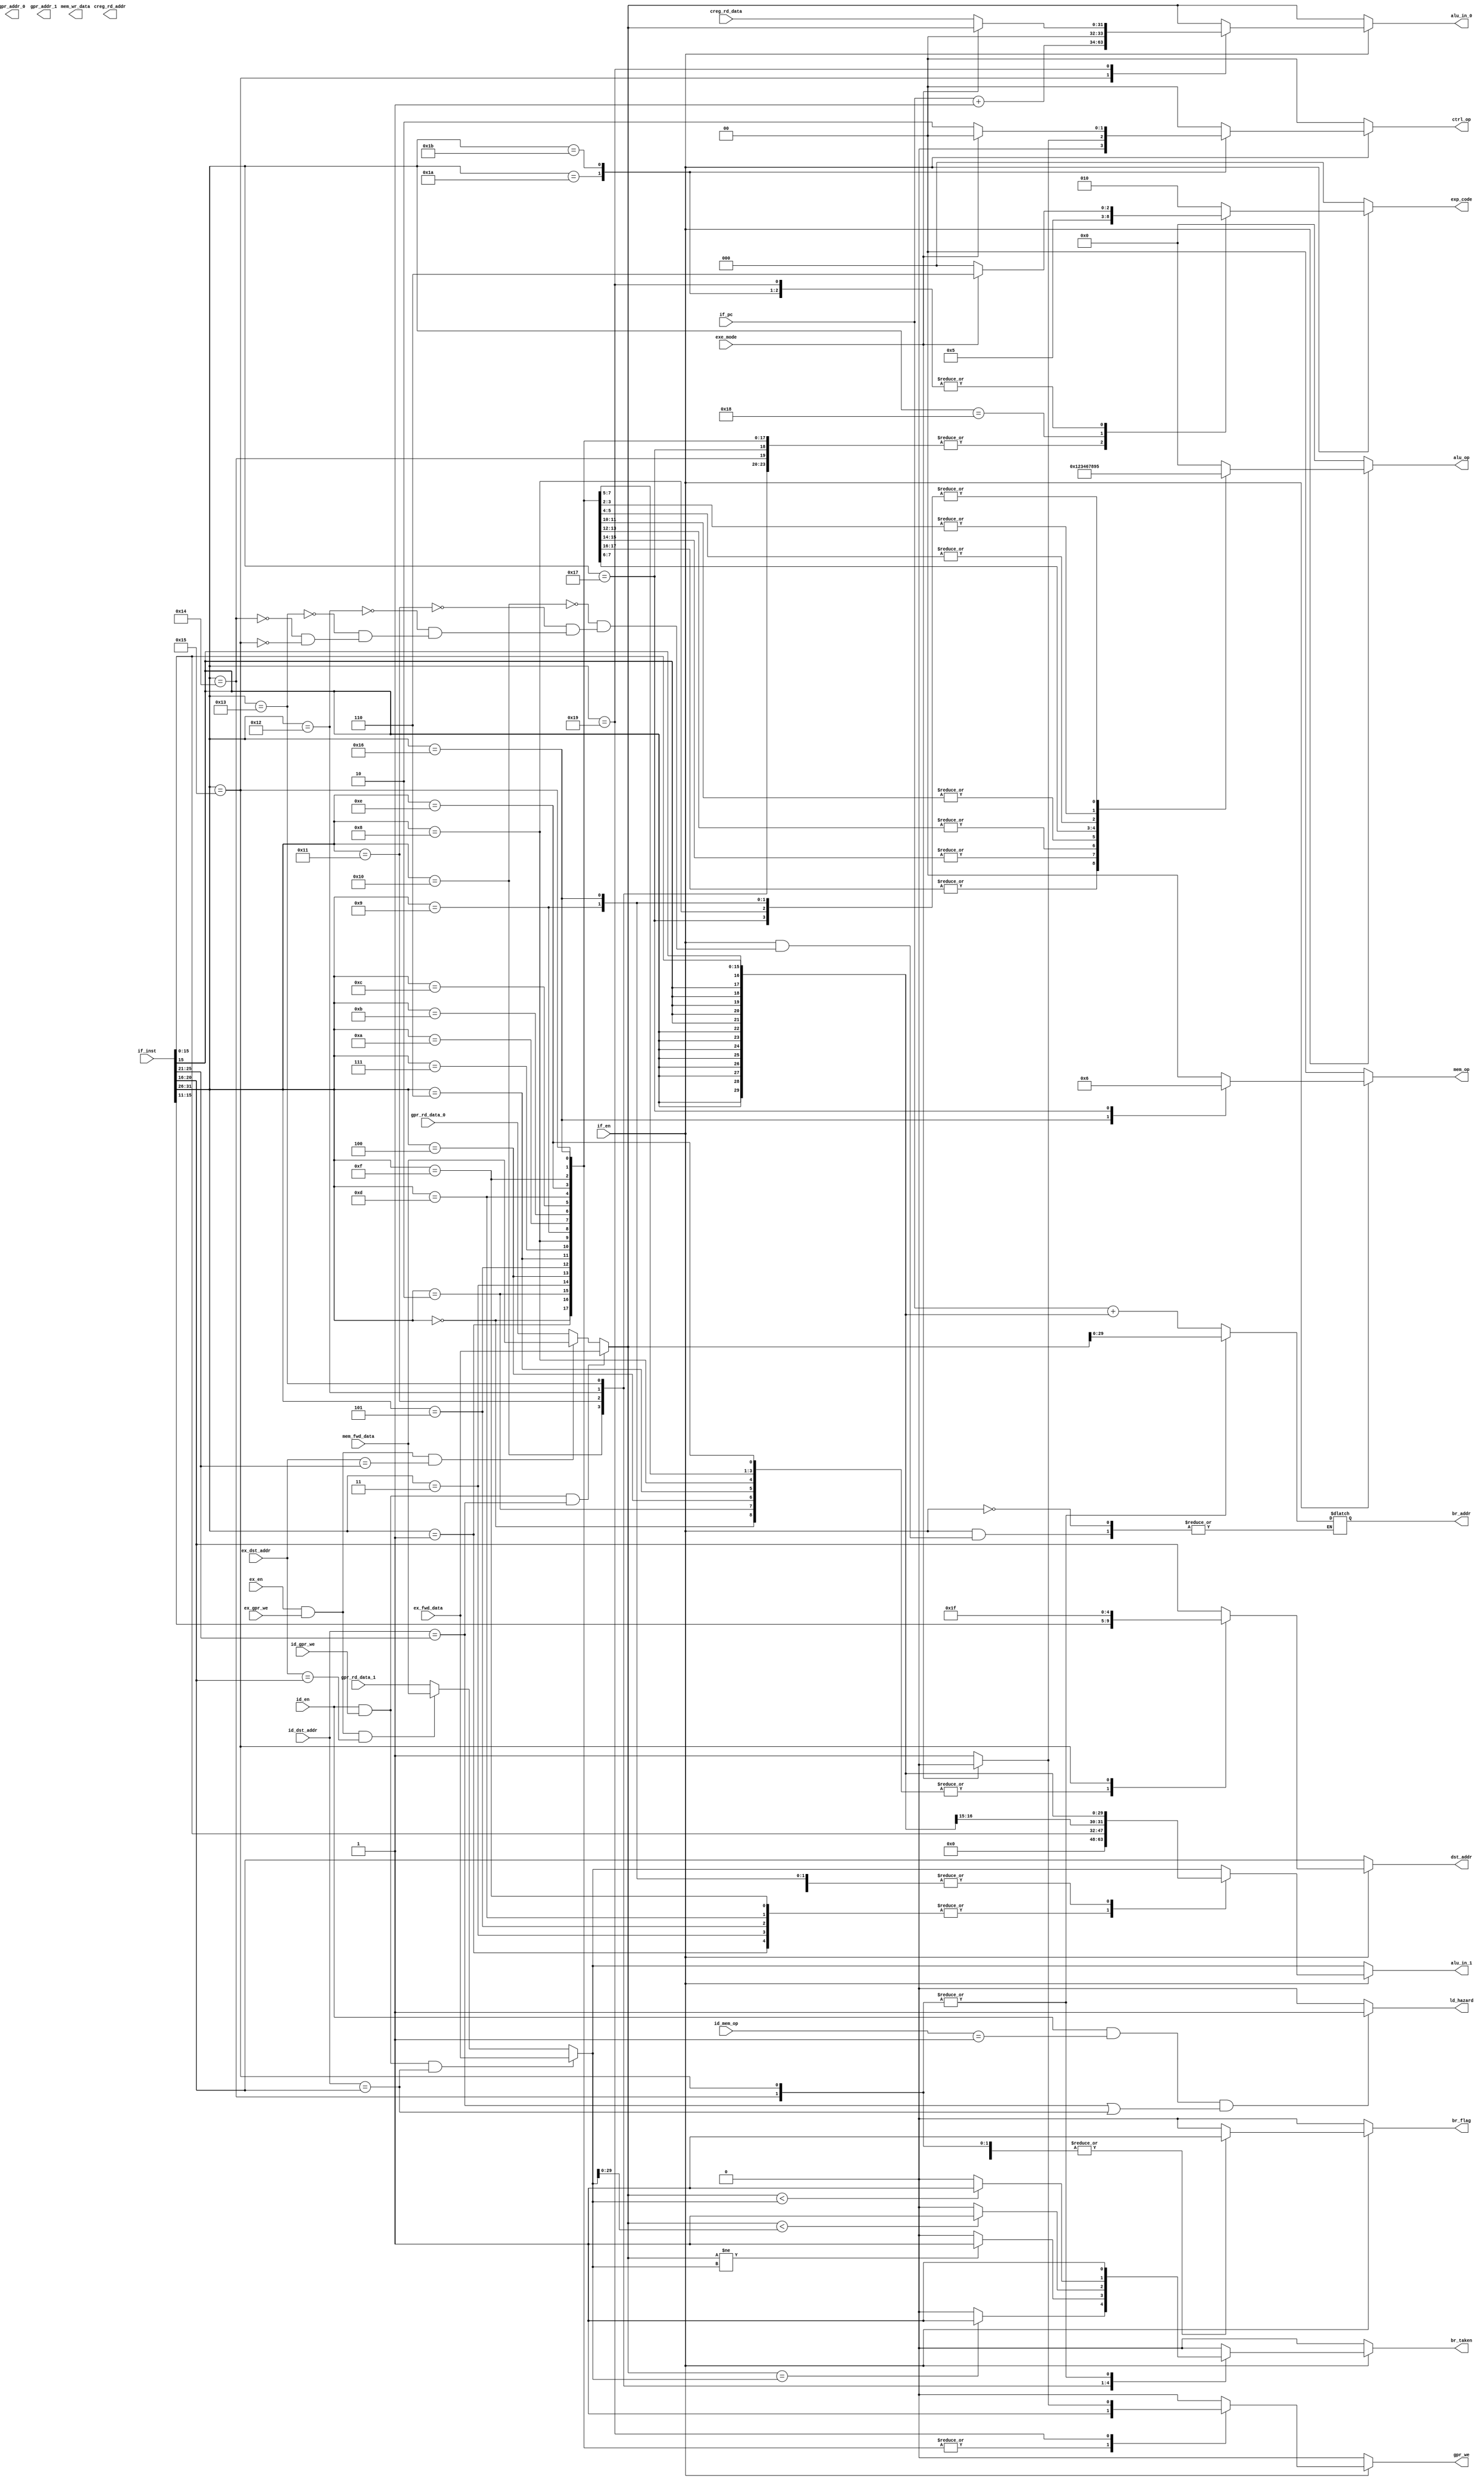
`timescale 1ns / 1ps
//////////////////////////////////////////////////////////////////////////////////
// Company:
// Engineer:
//
// Design Name:
// Module Name: stage_ID
// Project Name:
// Target Devices:
// Tool Versions:
// Description:
//
// Dependencies:
//
// Revision:
// Revision 0.01 - File Created
// Additional Comments:
//
//////////////////////////////////////////////////////////////////////////////////


//inst_op
`define OP_ANDR		   6'h00 // ?????
`define OP_ANDI		   6'h01 // ?????
`define OP_ORR		   6'h02 // ?????
`define OP_ORI		   6'h03 // ?????
`define OP_XORR		   6'h04 // ?????
`define OP_XORI		   6'h05 // ?????
`define OP_ADDSR	   6'h06 // ????????
`define OP_ADDSI	   6'h07 // ????????
`define OP_ADDUR	   6'h08 // ?????
`define OP_ADDUI	   6'h09 // ?????
`define OP_SUBSR	   6'h0a // ???
`define OP_SUBUR	   6'h0b // ???
`define OP_SHRLR	   6'h0c // 
`define OP_SHRLI	   6'h0d // 
`define OP_SHLLR	   6'h0e // 
`define OP_SHLLI	   6'h0f // 
`define OP_BE		     6'h10 // ???==)
`define OP_BNE		   6'h11 // ???!=)
`define OP_BSGT		   6'h12 // ???<)
`define OP_BUGT		   6'h13 // ???<)
`define OP_JMP		   6'h14 // ????????????????????
`define OP_CALL		   6'h15 // ????????????
`define OP_LDW		   6'h16 // ?????
`define OP_STW		   6'h17 // 
`define OP_TRAP		   6'h18 // ??????
`define OP_RDCR		   6'h19 // ?????
`define OP_WRCR		   6'h1a // 
`define OP_EXRT		   6'h1b // ?


//ALU Operation
`define ALU_OP_NOP			 4'h0 // No Operation
`define ALU_OP_AND			 4'h1 // AND
`define ALU_OP_OR			 4'h2 // OR
`define ALU_OP_XOR			 4'h3 // XOR
`define ALU_OP_ADDS			 4'h4 // ????????
`define ALU_OP_ADDU			 4'h5 // ?????
`define ALU_OP_SUBS			 4'h6 // ???
`define ALU_OP_SUBU			 4'h7 // ???
`define ALU_OP_SHRL			 4'h8 // 
`define ALU_OP_SHLL			 4'h9 // 

//exec mode
`define CPU_KERNEL_MODE 0

`define EXP_NO_EXP	   3'h0	 // ?????
`define EXP_EXT_INT	   3'h1	 // 
`define EXP_UNDEF_INSN 3'h2	 // 
`define EXP_OVERFLOW   3'h3	 // 
`define EXP_MISS_ALIGN 3'h4	 // 
`define EXP_TRAP	   3'h5	 // ??????
`define EXP_PRV_VIO	   3'h6	 // 

/*
mem_op
0:NOP
1:LDW
2:STW
*/

`define WORD 32  // 1word
`define WORD_ADDR_W 30  // address width 1word

`define GPR_ADDR_MSB 5-1

`define WORD_MSB `WORD-1
`define WORD_ADDR_MSB `WORD_ADDR_W-1
`define RegAddrBus `GPR_ADDR_MSB:0

module decoder_ID (
	input [`WORD_ADDR_MSB:0]if_pc,
	input [`WORD_MSB:0]if_inst,
	input if_en,

	input[`WORD_MSB:0] gpr_rd_data_0,
	input[`WORD_MSB:0] gpr_rd_data_1,
	output [`GPR_ADDR_MSB:0] gpr_addr_0,
	output [`GPR_ADDR_MSB:0] gpr_addr_1,

	input id_en,
	input [`GPR_ADDR_MSB:0]id_dst_addr,
	input id_gpr_we,
	input [1:0]id_mem_op,

    input ex_en,
    input [`GPR_ADDR_MSB:0]ex_dst_addr,
    input ex_gpr_we,
    input [`WORD_MSB:0]ex_fwd_data,

    input [`WORD_MSB:0]mem_fwd_data,

    input exe_mode,
	input [`WORD_MSB:0]creg_rd_data,
	output reg[`GPR_ADDR_MSB:0] creg_rd_addr,

	output reg[3:0] alu_op,
	output reg[`WORD_MSB:0] alu_in_0,
	output reg[`WORD_MSB:0] alu_in_1,
	output reg[`WORD_ADDR_MSB:0] br_addr,
	output reg br_taken,
	output reg br_flag,
	output reg[1:0] mem_op,
	output reg[`WORD_MSB:0] mem_wr_data,
	output reg [1:0]ctrl_op,
	output reg [`GPR_ADDR_MSB:0]dst_addr,
	output reg gpr_we,
  output reg[2:0] exp_code,
  output reg ld_hazard
    );

    wire[5:0] op=if_inst[31:26];
    wire[4:0] ra_addr=if_inst[25:21],rb_addr=if_inst[20:16],rc_addr=if_inst[15:11];
    wire[15:0]imm=if_inst[15:0];

    wire[`WORD_MSB:0]imm_s={{16{imm[15]}},imm};//signed
    wire[`WORD_MSB:0]imm_u={16'b0,imm};//unsigned

     reg[`WORD_MSB:0]ra;
     wire signed[`WORD_MSB:0]s_ra=$signed(ra);
     reg[`WORD_MSB:0]rb;
     wire signed[`WORD_ADDR_MSB:0]s_rb=$signed(rb);//signed

     wire[`WORD_ADDR_MSB:0]ret_addr=if_pc+1;
     wire[`WORD_ADDR_MSB:0]br_target=if_pc+imm_s[`WORD_ADDR_MSB:0];
     wire[`WORD_ADDR_MSB:0]jmp_target=ra[`WORD_ADDR_MSB:0];

		 //fowording
		 always @ ( * ) begin
		 //ra regster
		 	if(id_en &&id_gpr_we && id_dst_addr==ra_addr) ra=ex_fwd_data;
			else if(ex_en &&ex_gpr_we && ex_dst_addr==ra_addr) ra=mem_fwd_data;
			else ra=gpr_rd_data_0;

			//rb regster
 		 	if(id_en &&id_gpr_we && id_dst_addr==rb_addr) rb=ex_fwd_data;
 			else if(ex_en &&ex_gpr_we && ex_dst_addr==rb_addr) rb=mem_fwd_data;
 			else rb=gpr_rd_data_1;
		 end

		 //detect load ld_hazard
		 always @ ( * ) begin
		 	if(id_en && id_mem_op ==1&& (id_dst_addr==ra_addr||id_dst_addr==rb_addr))ld_hazard=1;
			else ld_hazard=0;
		 end

		 //instraction decoder
		 always @ ( * ) begin
		 	alu_op=0;
			alu_in_0=ra;
			alu_in_1=rb;
			br_taken=0;
			br_flag=0;
			mem_op=0;
			ctrl_op=0;
			dst_addr=rb_addr;//R2
			gpr_we=0;
			exp_code=0;

			if (if_en == 1) begin
				case (op)
					/* ???_???????????????Z???????????? */
					`OP_ANDR  : begin // ?????????W???X???^?????????m???_????????????
						alu_op	 = `ALU_OP_AND;
						dst_addr = rc_addr;
						gpr_we	 = 1;
					end
					`OP_ANDI  : begin // ?????????W???X???^??????l???_????????????
						alu_op	 = `ALU_OP_AND;
						alu_in_1 = imm_u;
						gpr_we	 = 1;
					end
					`OP_ORR	  : begin // ?????????W???X???^?????????m???_?????????a
						alu_op	 = `ALU_OP_OR;
						dst_addr = rc_addr;
						gpr_we	 = 1;
					end
					`OP_ORI	  : begin // ?????????W???X???^??????l???_?????????a
						alu_op	 = `ALU_OP_OR;
						alu_in_1 = imm_u;
						gpr_we	 = 1;
					end
					`OP_XORR  : begin // ?????????W???X???^?????????m???r?????????I???_?????????a
						alu_op	 = `ALU_OP_XOR;
						dst_addr = rc_addr;
						gpr_we	 = 1;
					end
					`OP_XORI  : begin // ?????????W???X???^??????l???r?????????I???_?????????a
						alu_op	 = `ALU_OP_XOR;
						alu_in_1 = imm_u;
						gpr_we	 = 1;
					end
					/* ???Z???p?????????Z???????????? */
					`OP_ADDSR : begin // ?????????W???X???^?????????m????????????t???????????????Z
						alu_op	 = `ALU_OP_ADDS;
						dst_addr = rc_addr;
						gpr_we	 = 1;
					end
					`OP_ADDSI : begin // ?????????W???X???^??????l????????????t???????????????Z
						alu_op	 = `ALU_OP_ADDS;
						alu_in_1 = imm_s;
						gpr_we	 = 1;
					end
					`OP_ADDUR : begin // ?????????W???X???^?????????m?????????????????????Z
						alu_op	 = `ALU_OP_ADDU;
						dst_addr = rc_addr;
						gpr_we	 = 1;
					end
					`OP_ADDUI : begin // ?????????W???X???^??????l?????????????????????Z
						alu_op	 = `ALU_OP_ADDU;
						alu_in_1 = imm_s;
						gpr_we	 = 1;
					end
					`OP_SUBSR : begin // ?????????W???X???^?????????m????????????t???????????????Z
						alu_op	 = `ALU_OP_SUBS;
						dst_addr = rc_addr;
						gpr_we	 = 1;
					end
					`OP_SUBUR : begin // ?????????W???X???^?????????m?????????????????????Z
						alu_op	 = `ALU_OP_SUBU;
						dst_addr = rc_addr;
						gpr_we	 = 1;
					end
					/* ???V???t???g???????????? */
					`OP_SHRLR : begin // ?????????W???X???^?????????m???_?????????E???V???t???g
						alu_op	 = `ALU_OP_SHRL;
						dst_addr = rc_addr;
						gpr_we	 = 1;
					end
					`OP_SHRLI : begin // ?????????W???X???^??????l???_?????????E???V???t???g
						alu_op	 = `ALU_OP_SHRL;
						alu_in_1 = imm_u;
						gpr_we	 = 1;
					end
					`OP_SHLLR : begin // ?????????W???X???^?????????m???_???????????????V???t???g
						alu_op	 = `ALU_OP_SHLL;
						dst_addr = rc_addr;
						gpr_we	 = 1;
					end
					`OP_SHLLI : begin // ?????????W???X???^??????l???_???????????????V???t???g
						alu_op	 = `ALU_OP_SHLL;
						alu_in_1 = imm_u;
						gpr_we	 = 1;
					end
					/* ????????? */
					`OP_BE	  : begin // ?????????W???X???^?????????m????????????t???????????????r???iRa == Rb???j
						br_addr	 = br_target;
						br_taken = (ra == rb) ? 1 : 0;
						br_flag	 = 1;
					end
					`OP_BNE	  : begin // ?????????W???X???^?????????m????????????t???????????????r???iRa != Rb???j
						br_addr	 = br_target;
						br_taken = (ra != rb) ? 1 : 0;
						br_flag	 = 1;
					end
					`OP_BSGT  : begin // ?????????W???X???^?????????m????????????t???????????????r???iRa < Rb???j
						br_addr	 = br_target;
						br_taken = (s_ra < s_rb) ? 1 : 0;
						br_flag	 = 1;
					end
					`OP_BUGT  : begin // ?????????W???X???^?????????m?????????????????????r???iRa < Rb???j
						br_addr	 = br_target;
						br_taken = (ra < rb) ? 1 : 0;
						br_flag	 = 1;
					end
					`OP_JMP	  : begin // ??????????????????????????????
						br_addr	 = jmp_target;
						br_taken = 1;
						br_flag	 = 1;
					end
					`OP_CALL  : begin // ???R???[??????
						alu_in_0 = {ret_addr, {2{1'b0}}};
						br_addr	 = jmp_target;
						br_taken = 1;
						br_flag	 = 1;
						dst_addr = 5'd31;
						gpr_we	 = 1;
					end
					/* ?????????????????????A???N???Z???X???????????? */
					`OP_LDW	  : begin // ?????????[???h???o??????
						alu_op	 = `ALU_OP_ADDU;
						alu_in_1 = imm_s;
						mem_op	 = 1;
						gpr_we	 = 1;
					end
					`OP_STW	  : begin // ?????????[???h????????????????????????
						alu_op	 = `ALU_OP_ADDU;
						alu_in_1 = imm_s;
						mem_op	 = 2;
					end
					/* ???V???X???e?????????R???[?????????????????? */
					`OP_TRAP  : begin // ???g?????????b???v
						exp_code = `EXP_TRAP;
					end
					/* ???????????????????????? */
					`OP_RDCR  : begin // ?????????W???X???^???o??????
						if (exe_mode == `CPU_KERNEL_MODE) begin
							alu_in_0 = creg_rd_data;
							gpr_we	 = 1;
						end else begin
							exp_code = `EXP_PRV_VIO;
						end
					end
					`OP_WRCR  : begin // ?????????W???X???^?????????????????????
						if (exe_mode == `CPU_KERNEL_MODE) begin
							ctrl_op	 = 1; //write ctrl reg
						end else begin
							exp_code = `EXP_PRV_VIO;
						end
					end
					`OP_EXRT  : begin // ?????????O??????????????????A
						if (exe_mode == `CPU_KERNEL_MODE) begin
							ctrl_op	 = 2;//return from exception
						end else begin
							exp_code = `EXP_PRV_VIO;
						end
					end
					/* ?????????????????? */
					default		  : begin // ???????????????`????????????
						exp_code = `EXP_UNDEF_INSN;
					end
				endcase
			end
		 end

endmodule //decoder_ID


module reg_ID (
	input clk,
	input rst,

	output reg[3:0] alu_op,
	output reg[`WORD_MSB:0] alu_in_0,
	output reg[`WORD_MSB:0] alu_in_1,
	//output reg[`WORD_ADDR_MSB:0] br_addr,
	output reg br_flag,
	output reg[1:0] mem_op,
	output reg[`WORD_MSB:0] mem_wr_data,
	output reg [1:0]ctrl_op,
	output reg [`GPR_ADDR_MSB:0]dst_addr,
	output reg gpr_we,
	input[2:0] exp_code,

    input stall,
    input flush,

	input [`WORD_ADDR_MSB:0]if_pc,
	input if_en,

	output reg [`WORD_ADDR_MSB:0]id_pc,
	output reg id_en,

	output reg[3:0] id_alu_op,
	output reg[`WORD_MSB:0] id_alu_in_0,
	output reg[`WORD_MSB:0] id_alu_in_1,
	output reg id_br_flag,

	output reg [1:0]id_mem_op,
	output reg [`WORD_MSB:0]id_mem_wr_data,

	output reg [1:0] id_ctrl_op,
	output reg [`GPR_ADDR_MSB:0]id_dst_addr,

	output reg id_gpr_we,
  output reg [2:0]id_exp_code

    );


		  always@(posedge clk or negedge rst)begin//bus access control
		    if(~rst)begin
		      id_pc<=0;
		      id_en<=0;
					id_alu_op<=0;
					id_alu_in_0<=0;
					id_alu_in_1<=0;
					id_br_flag<=0;
					id_mem_op<=0;
					id_mem_wr_data<=0;
					id_ctrl_op<=0;
					id_dst_addr<=0;
					id_gpr_we<=0;
					id_exp_code<=0;
				end
		    else if(~stall)begin
					if(flush)begin
						id_pc<=0;
		      	id_en<=0;
						id_alu_op<=0;
						id_alu_in_0<=0;
						id_alu_in_1<=0;
						id_br_flag<=0;
						id_mem_op<=0;
						id_mem_wr_data<=0;
						id_ctrl_op<=0;
						id_dst_addr<=0;
						id_gpr_we<=0;
						id_exp_code<=0;
					end
					else begin
						id_pc<=if_pc;
						id_en<=if_en;
						id_alu_op<=alu_op;
						id_alu_in_0<=alu_in_0;
						id_alu_in_1<=alu_in_1;
						id_br_flag<=br_flag;
						id_mem_op<=mem_op;
						id_mem_wr_data<=mem_wr_data;
						id_ctrl_op<=ctrl_op;
						id_dst_addr<=dst_addr;
						id_gpr_we<=gpr_we;
						id_exp_code<=exp_code;
					end
				end
			end
endmodule
module stage_ID(
	input  wire					 clk,			 // ?N???b?N
	input  wire					 reset,			 // ??????Z?b?g
	/********** GPR?C???^?t?F?[?X **********/
	input  wire [`WORD_MSB:0]	 gpr_rd_data_0,	 // ???o???f?[?^ 0
	input  wire [`WORD_MSB:0]	 gpr_rd_data_1,	 // ???o???f?[?^ 1
	output wire [`GPR_ADDR_MSB:0]	 gpr_rd_addr_0,	 // ???o???A?h???X 0
	output wire [`GPR_ADDR_MSB:0]	 gpr_rd_addr_1,	 // ???o???A?h???X 1
	/********** ?t?H???[?f?B???O **********/
	// EX?X?e?[?W??????t?H???[?f?B???O
	input  wire					 ex_en,			// ?p?C?v???C???f?[?^??L??
	input  wire [`WORD_MSB:0]	 ex_fwd_data,	 // ?t?H???[?f?B???O?f?[?^
	input  wire [`GPR_ADDR_MSB:0]	 ex_dst_addr,	 // ????????A?h???X
	input  wire					 ex_gpr_we_,	 // ????????L??
	// MEM?X?e?[?W??????t?H???[?f?B???O
	input  wire [`WORD_MSB:0]	 mem_fwd_data,	 // ?t?H???[?f?B???O?f?[?^
	/********** ?????W?X?^?C???^?t?F?[?X **********/
	input  wire exe_mode,		 // ???s???[?h
	input  wire [`WORD_MSB:0]	 creg_rd_data,	 // ???o???f?[?^
	output wire [`GPR_ADDR_MSB:0]	 creg_rd_addr,	 // ???o???A?h???X
	/********** ?p?C?v???C???????M?? **********/
	input  wire					 stall,			 // ?X?g?[??
	input  wire					 flush,			 // ?t???b?V??
	output wire [`WORD_ADDR_MSB:0]	 br_addr,		 // ?????A?h???X
	output wire					 br_taken,		 // ?????????
	output wire					 ld_hazard,		 // ???[?h?n?U?[?h
	/********** IF/ID?p?C?v???C?????W?X?^ **********/
	input  wire [`WORD_ADDR_MSB:0]	 if_pc,			 // ?v???O?????J?E???^
	input  wire [`WORD_MSB:0]	 if_insn,		 // ????
	input  wire					 if_en,			 // ?p?C?v???C???f?[?^??L??
	/********** ID/EX?p?C?v???C?????W?X?^ **********/
	output wire [`WORD_ADDR_MSB:0]	 id_pc,			 // ?v???O?????J?E???^
	output wire					 id_en,			 // ?p?C?v???C???f?[?^??L??
	output wire [3:0]		 id_alu_op,		 // ALU?I?y???[?V????
	output wire [`WORD_MSB:0]	 id_alu_in_0,	 // ALU???? 0
	output wire [`WORD_MSB:0]	 id_alu_in_1,	 // ALU???? 1
	output wire					 id_br_flag,	 // ?????t???O
	output wire [1:0]		 id_mem_op,		 // ???????I?y???[?V????
	output wire [`WORD_MSB:0]	 id_mem_wr_data, // ??????????????f?[?^
	output wire [1:0]	 id_ctrl_op,	 // ?????I?y???[?V????
	output wire [`GPR_ADDR_MSB:0]	 id_dst_addr,	 // GPR????????A?h???X
	output wire					 id_gpr_we_,	 // GPR????????L??
	output wire [2:0]	 id_exp_code	 // ???O?R?[?h
);

	/********** ?f?R?[?h?M?? **********/
	wire  [3:0]			 alu_op;		 // ALU?I?y???[?V????
	wire  [`WORD_MSB:0]		 alu_in_0;		 // ALU???? 0
	wire  [`WORD_MSB:0]		 alu_in_1;		 // ALU???? 1
	wire						 br_flag;		 // ?????t???O
	wire  [1:0]			 mem_op;		 // ???????I?y???[?V????
	wire  [`WORD_MSB:0]		 mem_wr_data;	 // ??????????????f?[?^
	wire  [1:0]			 ctrl_op;		 // ?????I?y???[?V????
	wire  [`GPR_ADDR_MSB:0]			 dst_addr;		 // GPR????????A?h???X
	wire						 gpr_we_;		 // GPR????????L??
	wire  [2:0]			 exp_code;		 // ???O?R?[?h

	/********** ?f?R?[?_ **********/
	decoder_ID decoder (
		/********** IF/ID?p?C?v???C?????W?X?^ **********/
		.if_pc			(if_pc),		  // ?v???O?????J?E???^
		.if_inst		(if_insn),		  // ????
		.if_en			(if_en),		  // ?p?C?v???C???f?[?^??L??
		/********** GPR?C???^?t?F?[?X **********/
		.gpr_rd_data_0	(gpr_rd_data_0),  // ???o???f?[?^ 0
		.gpr_rd_data_1	(gpr_rd_data_1),  // ???o???f?[?^ 1
		.gpr_addr_0	(gpr_rd_addr_0),  // ???o???A?h???X 0
		.gpr_addr_1	(gpr_rd_addr_1),  // ???o???A?h???X 1
		/********** ?t?H???[?f?B???O **********/
		// ID?X?e?[?W??????t?H???[?f?B???O
		.id_en			(id_en),		  // ?p?C?v???C???f?[?^??L??
		.id_dst_addr	(id_dst_addr),	  // ????????A?h???X
		.id_gpr_we		(id_gpr_we_),	  // ????????L??
		.id_mem_op		(id_mem_op),	  // ???????I?y???[?V????
		// EX?X?e?[?W??????t?H???[?f?B???O
		.ex_en			(ex_en),		  // ?p?C?v???C???f?[?^??L??
		.ex_fwd_data	(ex_fwd_data),	  // ?t?H???[?f?B???O?f?[?^
		.ex_dst_addr	(ex_dst_addr),	  // ????????A?h???X
		.ex_gpr_we		(ex_gpr_we_),	  // ????????L??
		// MEM?X?e?[?W??????t?H???[?f?B???O
		.mem_fwd_data	(mem_fwd_data),	  // ?t?H???[?f?B???O?f?[?^
		/********** ?????W?X?^?C???^?t?F?[?X **********/
		.exe_mode		(exe_mode),		  // ???s???[?h
		.creg_rd_data	(creg_rd_data),	  // ???o???f?[?^
		.creg_rd_addr	(creg_rd_addr),	  // ???o???A?h???X
		/********** ?f?R?[?h?M?? **********/
		.alu_op			(alu_op),		  // ALU?I?y???[?V????
		.alu_in_0		(alu_in_0),		  // ALU???? 0
		.alu_in_1		(alu_in_1),		  // ALU???? 1
		.br_addr		(br_addr),		  // ?????A?h???X
		.br_taken		(br_taken),		  // ?????????
		.br_flag		(br_flag),		  // ?????t???O
		.mem_op			(mem_op),		  // ???????I?y???[?V????
		.mem_wr_data	(mem_wr_data),	  // ??????????????f?[?^
		.ctrl_op		(ctrl_op),		  // ?????I?y???[?V????
		.dst_addr		(dst_addr),		  // ??p???W?X?^????????A?h???X
		.gpr_we		(gpr_we_),		  // ??p???W?X?^????????L??
		.exp_code		(exp_code),		  // ???O?R?[?h
		.ld_hazard		(ld_hazard)		  // ???[?h?n?U?[?h
	);

	/********** ?p?C?v???C?????W?X?^ **********/
	reg_ID id_reg (
		/********** ?N???b?N & ???Z?b?g **********/
		.clk			(clk),			  // ?N???b?N
		.rst			(reset),		  // ??????Z?b?g
		/********** ?f?R?[?h???? **********/
		.alu_op			(alu_op),		  // ALU?I?y???[?V????
		.alu_in_0		(alu_in_0),		  // ALU???? 0
		.alu_in_1		(alu_in_1),		  // ALU???? 1
		.br_flag		(br_flag),		  // ?????t???O
		.mem_op			(mem_op),		  // ???????I?y???[?V????
		.mem_wr_data	(mem_wr_data),	  // ??????????????f?[?^
		.ctrl_op		(ctrl_op),		  // ?????I?y???[?V????
		.dst_addr		(dst_addr),		  // ??p???W?X?^????????A?h???X
		.gpr_we		(gpr_we_),		  // ??p???W?X?^????????L??
		.exp_code		(exp_code),		  // ???O?R?[?h
		/********** ?p?C?v???C???????M?? **********/
		.stall			(stall),		  // ?X?g?[??
		.flush			(flush),		  // ?t???b?V??
		/********** IF/ID?p?C?v???C?????W?X?^ **********/
		.if_pc			(if_pc),		  // ?v???O?????J?E???^
		.if_en			(if_en),		  // ?p?C?v???C???f?[?^??L??
		/********** ID/EX?p?C?v???C?????W?X?^ **********/
		.id_pc			(id_pc),		  // ?v???O?????J?E???^
		.id_en			(id_en),		  // ?p?C?v???C???f?[?^??L??
		.id_alu_op		(id_alu_op),	  // ALU?I?y???[?V????
		.id_alu_in_0	(id_alu_in_0),	  // ALU???? 0
		.id_alu_in_1	(id_alu_in_1),	  // ALU???? 1
		.id_br_flag		(id_br_flag),	  // ?????t???O
		.id_mem_op		(id_mem_op),	  // ???????I?y???[?V????
		.id_mem_wr_data (id_mem_wr_data), // ??????????????f?[?^
		.id_ctrl_op		(id_ctrl_op),	  // ?????I?y???[?V????
		.id_dst_addr	(id_dst_addr),	  // ??p???W?X?^????????A?h???X
		.id_gpr_we		(id_gpr_we_),	  // ??p???W?X?^????????L??
		.id_exp_code	(id_exp_code)	  // ???O?R?[?h
	);

endmodule